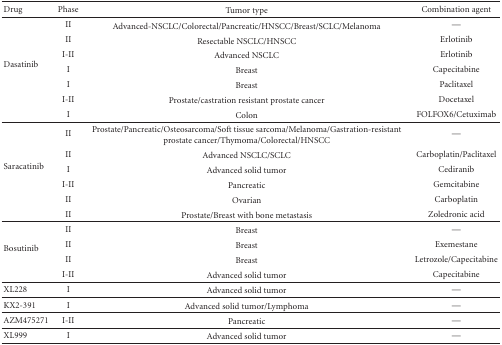
<table><thead><tr><td><b>Drug</b></td><td><b>Phase</b></td><td><b>Tumor type</b></td><td><b>Combination agent</b></td></tr></thead><tbody><tr><td rowspan="7">Dasatinib</td><td>II</td><td>Advanced-NSCLC/Colorectal/Pancreatic/HNSCC/Breast/SCLC/Melanoma</td><td>—</td></tr><tr><td>II</td><td>Resectable NSCLC/HNSCC</td><td>Erlotinib</td></tr><tr><td>I-II</td><td>Advanced NSCLC</td><td>Erlotinib</td></tr><tr><td>I</td><td>Breast</td><td>Capecitabine</td></tr><tr><td>I</td><td>Breast</td><td>Paclitaxel</td></tr><tr><td>I-II</td><td>Prostate/castration resistant prostate cancer</td><td>Docetaxel</td></tr><tr><td>I</td><td>Colon</td><td>FOLFOX6/Cetuximab</td></tr><tr><td rowspan="6">Saracatinib</td><td>II</td><td>Prostate/Pancreatic/Osteosarcoma/Soft tissue sarcoma/Melanoma/Gastration-resistant prostate cancer/Thymoma/Colorectal/HNSCC</td><td>—</td></tr><tr><td>II</td><td>Advanced NSCLC/SCLC</td><td>Carboplatin/Paclitaxel</td></tr><tr><td>I</td><td>Advanced solid tumor</td><td>Cediranib</td></tr><tr><td>I-II</td><td>Pancreatic</td><td>Gemcitabine</td></tr><tr><td>II</td><td>Ovarian</td><td>Carboplatin</td></tr><tr><td>II</td><td>Prostate/Breast with bone metastasis</td><td>Zoledronic acid</td></tr><tr><td rowspan="4">Bosutinib</td><td>II</td><td>Breast</td><td>—</td></tr><tr><td>II</td><td>Breast</td><td>Exemestane</td></tr><tr><td>II</td><td>Breast</td><td>Letrozole/Capecitabine</td></tr><tr><td>I-II</td><td>Advanced solid tumor</td><td>Capecitabine</td></tr><tr><td>XL228</td><td>I</td><td>Advanced solid tumor</td><td>—</td></tr><tr><td>KX2-391</td><td>I</td><td>Advanced solid tumor/Lymphoma</td><td>—</td></tr><tr><td>AZM475271</td><td>I-II</td><td>Pancreatic</td><td>—</td></tr><tr><td>XL999</td><td>I</td><td>Advanced solid tumor</td><td>—</td></tr></tbody></table>